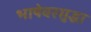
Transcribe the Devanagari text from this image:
भाषेवरसुद्धा